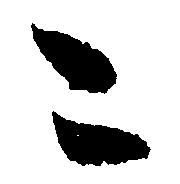
こ